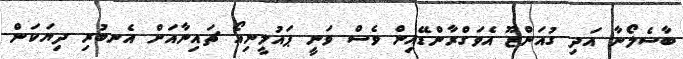
ބާސެލޯނާ އަދި ގުއަންޒޫ އެވަގްރާންޑޭއިން ވެސް ވަނީ ޕައުލީނިއޯ ޗައިނާއަށް އެނބުރި ދިޔަކަން